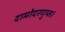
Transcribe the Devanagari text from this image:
दामोदरगुप्त।